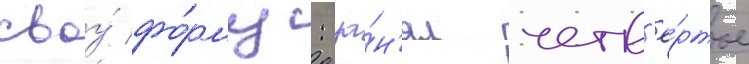
своу́ фо́рму: за́н'ял четв'ё́ртое